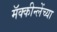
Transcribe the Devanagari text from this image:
मॅक्कीन्लेंच्या